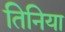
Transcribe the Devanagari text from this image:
तिनिया